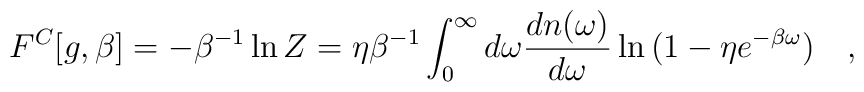
F^C[g,\beta]=-\beta^{-1}\ln Z=\eta\beta^{-1}\int_0^{\infty}d\omega {dn(\omega)\over d\omega}\ln{(1-\eta e^{-\beta\omega})}~~~,